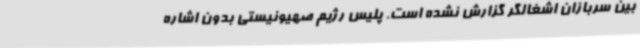
بین سربازان اشغالگر گزارش نشده است. پلیس رژیم صهیونیستی بدون اشاره